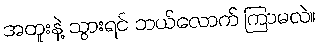
အထူးနဲ့ သွားရင် ဘယ်လောက် ကြာမလဲ။